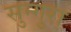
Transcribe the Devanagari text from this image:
सुन्गुरा